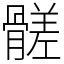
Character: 髊